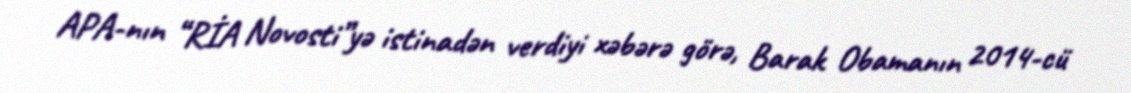
APA-nın “RİA Novosti”yə istinadən verdiyi xəbərə görə, Barak Obamanın 2014-cü